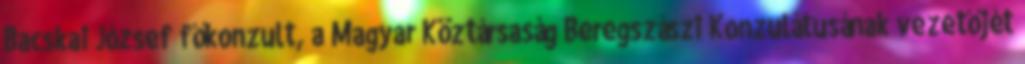
Bacskai József főkonzult, a Magyar Köztársaság Beregszászi Konzulátusának vezetőjét